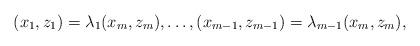
LaTeX: \begin{align*}(x_1, z_1)=\lambda_1(x_m, z_m), \dots, (x_{m-1}, z_{m-1})=\lambda_{m-1}(x_m, z_m),\end{align*}